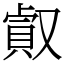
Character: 㕢